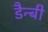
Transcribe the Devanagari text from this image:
डैन्बी